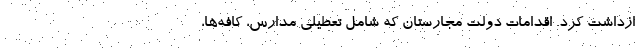
ازداشت کرد. اقدامات دولت مجارستان که شامل تعطیلی مدارس، کافه‌ها،